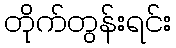
တိုက်တွန်းရင်း